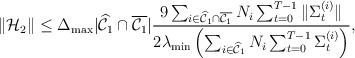
LaTeX: \begin{align*}\|\mathcal{H}_2\| \leq \Delta_{\max} |\widehat{\mathcal{C}}_1 \cap \overline{\mathcal{C}_1}| \frac{9\sum_{i \in \widehat{\mathcal{C}}_1 \cap \overline{\mathcal{C}_1} } N_i \sum_{t=0}^{T-1} \|\Sigma^{(i)}_t\|}{2\lambda_{\min}\left(\sum_{i \in \widehat{\mathcal{C}}_1 } N_i \sum_{t=0}^{T-1} {\Sigma}_{t}^{(i)}\right)} ,\end{align*}